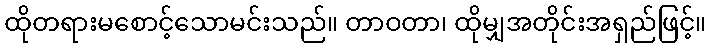
ထိုတရားမစောင့်သောမင်းသည်။ တာဝတာ၊ ထိုမျှအတိုင်းအရှည်ဖြင့်။